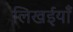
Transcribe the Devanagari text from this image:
लिखईयाँ